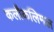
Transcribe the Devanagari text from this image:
कलौकलिमल